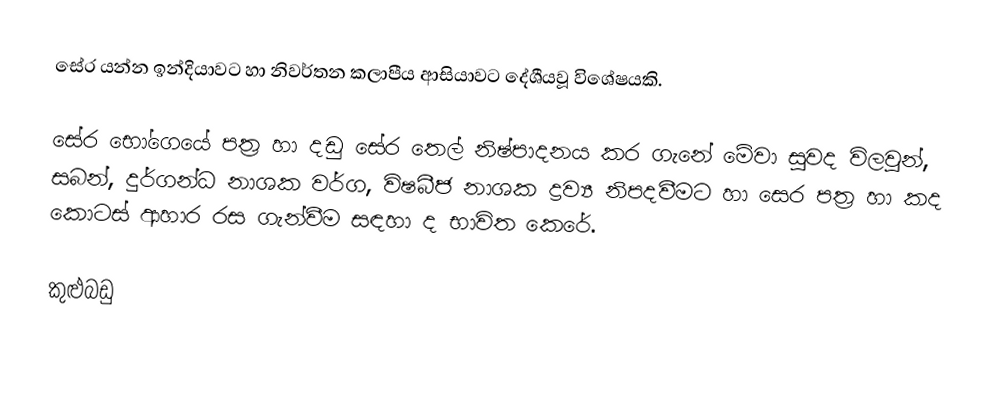
සේර යන්න ඉන්දියාවට හා නිවර්තන කලාපීය ආසියාවට දේශීයවූ විශේෂයකි.

සේර භෝගෙයේ පත්‍ර හා දඩු සේර තෙල් නිෂ්පාදනය කර ගැනේ මේවා සුවද විලවුන්, සබන්, දුර්ගන්ධ නාශක වර්ග, විෂබීජ නාශක ද්‍රව්‍ය නිපදවීමට හා සෙර පත්‍ර හා කද කොටස් ආහාර රස ගැන්වීම සඳහා ද භාවිත කෙරේ.

කුළුබඩු